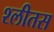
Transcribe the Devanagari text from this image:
श्लीतस